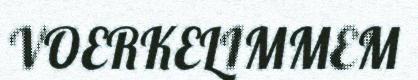
VOERKELIMMEM